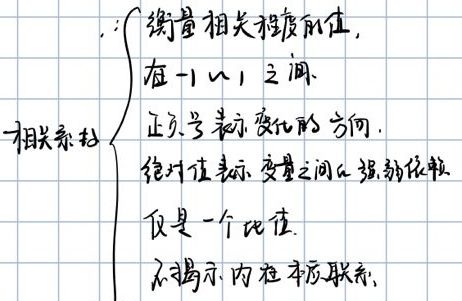
相关系数
$\begin{cases}
衡量相关程度的值,\\
在 -1 \sim 1 之间.\\
正负号表示变化的方向.\\
绝对值表示变量之间的强弱依赖\\
仅是一个比值.\\
不揭示内在本质联系.
\end{cases}$